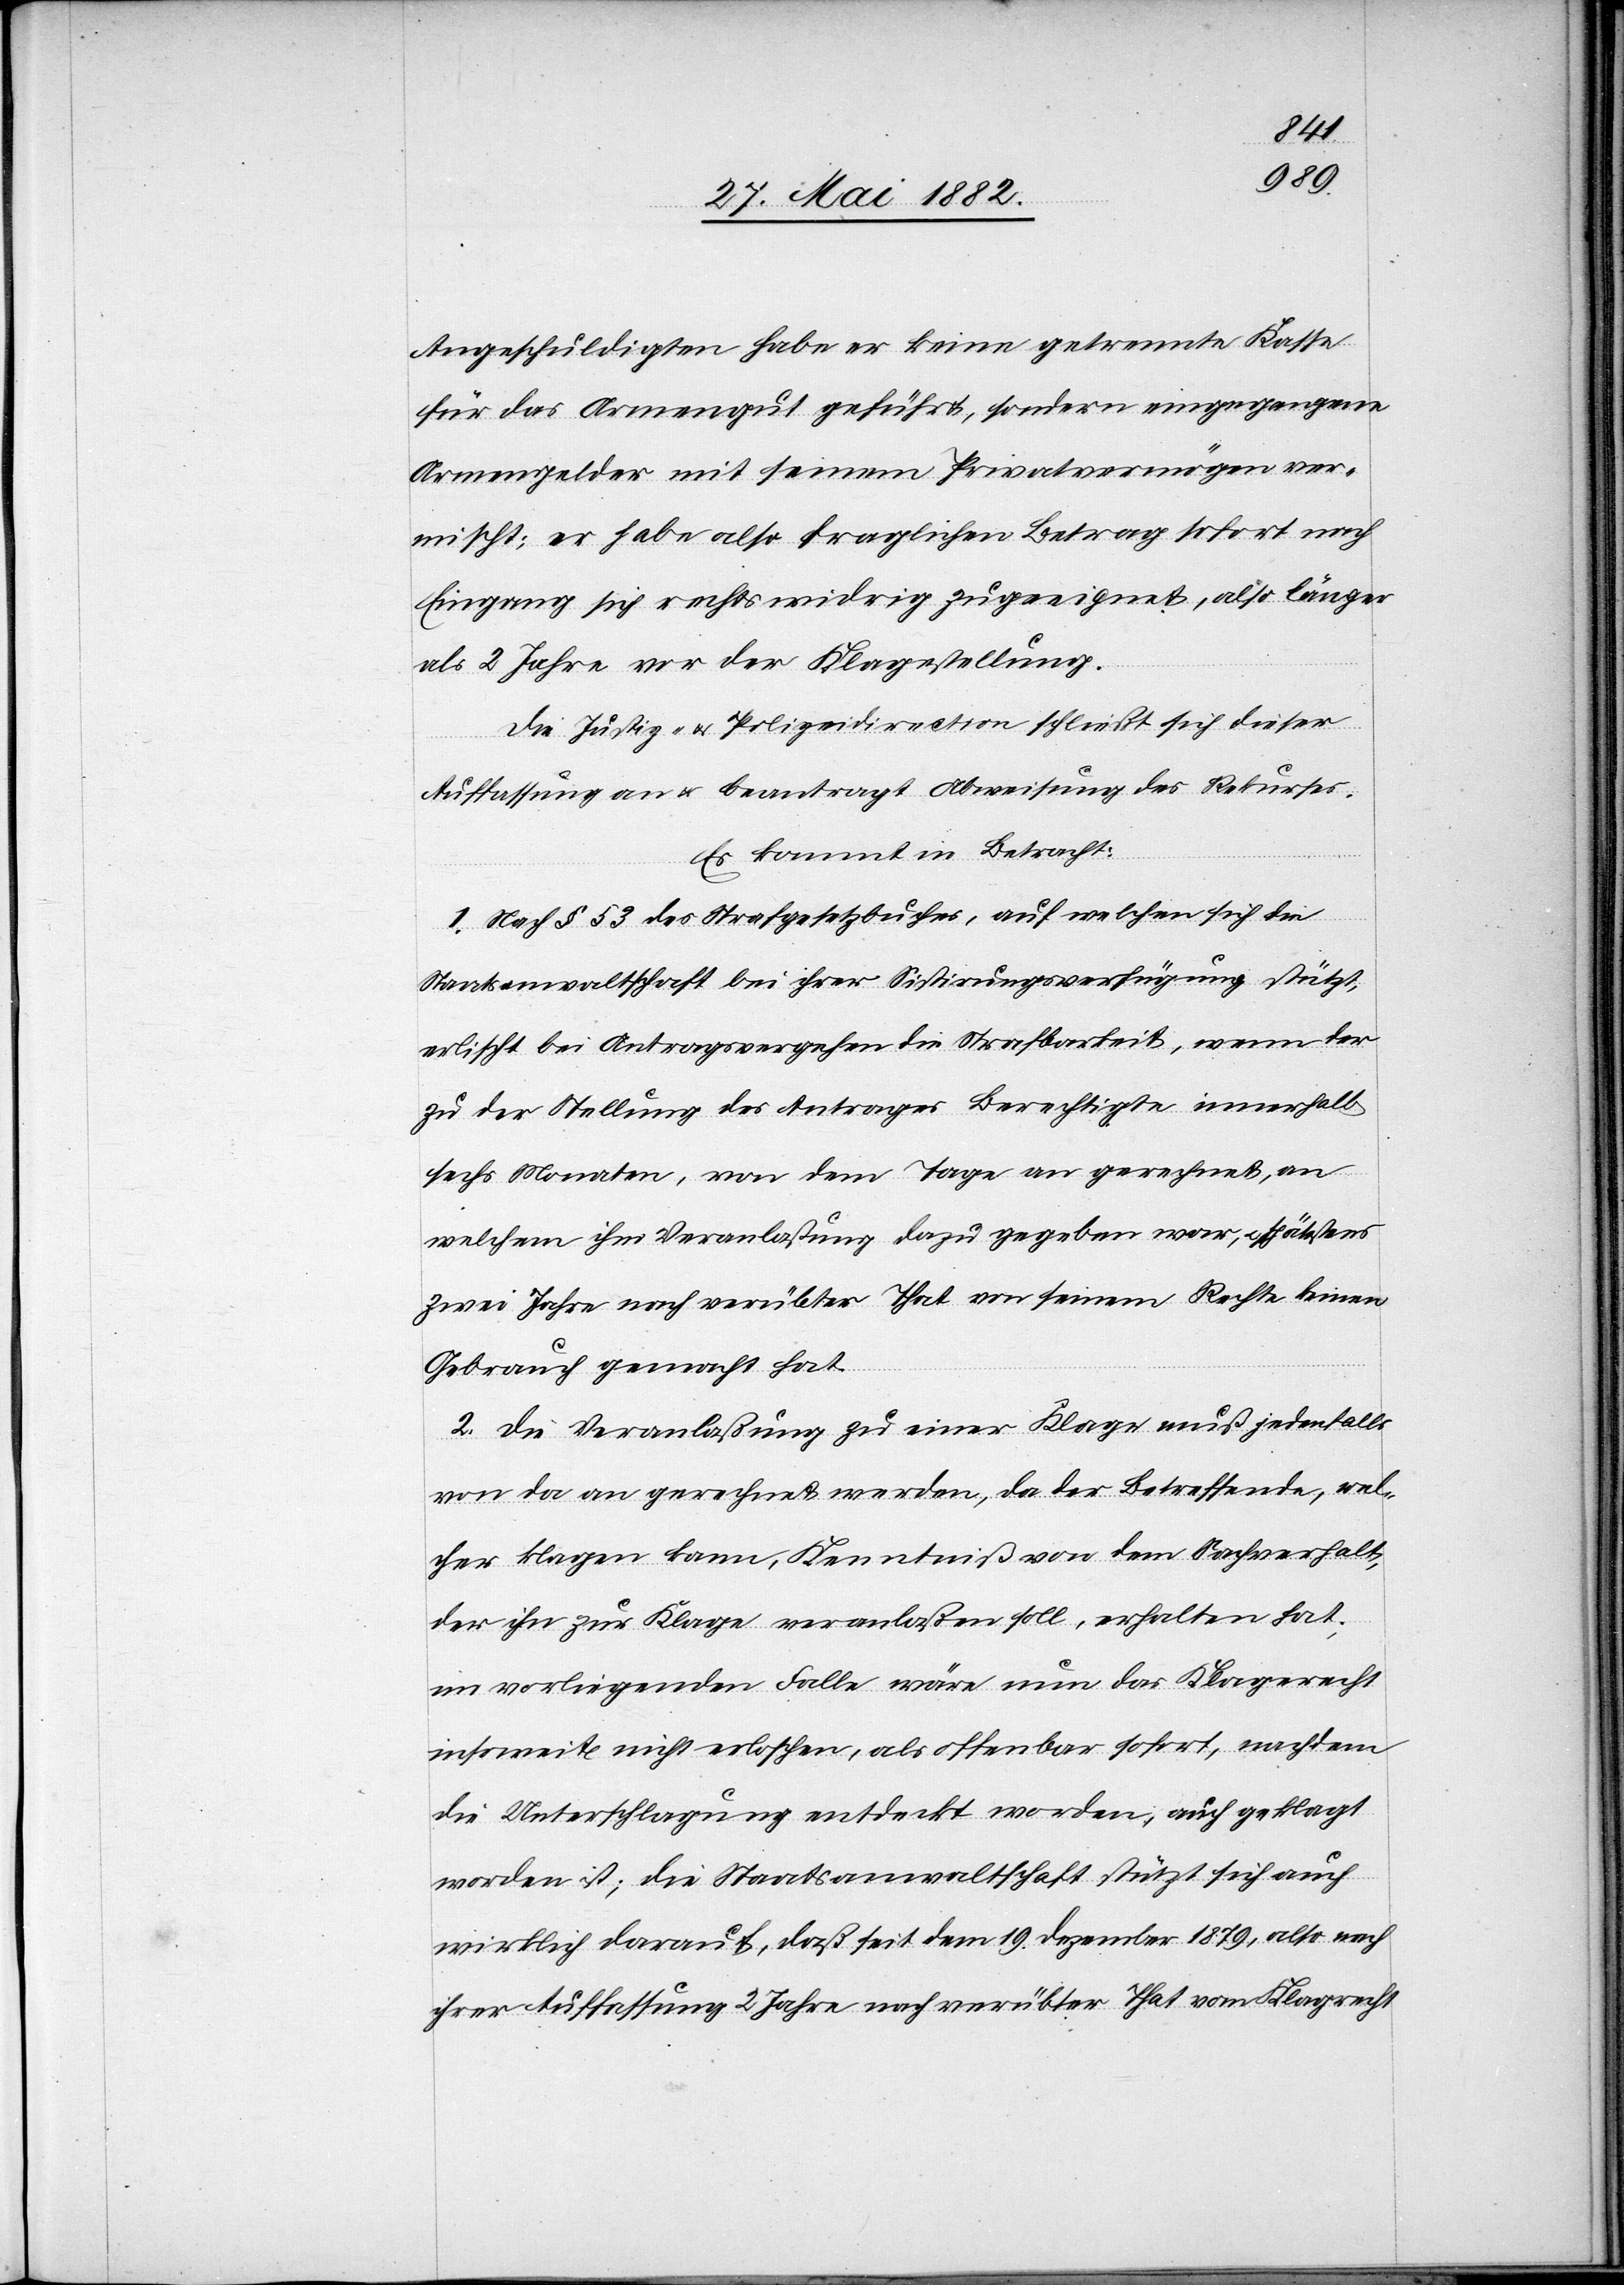
Angeschuldigten habe er keine getrennte Kasse
für das Armengut geführt, sondern eingegangene
Armengelder mit seinem Privatvermögen ver¬
mischt; er habe also fraglichen Betrag sofort nach
Eingang sich rechtswidrig zugeeignet, also länger
als 2 Jahre vor der Klagestellung.
Die Justiz- & Polizeidirection schließt sich dieser
Auffassung an u. beantragt Abweisung des Rekurses.
Es kommt in Betracht:
1. Nach § 53 des Strafgesetzbuches, auf welchen sich die
Staatsanwaltschaft bei ihrer Sistirungsverfügung stützt,
erlischt bei Antragsvergehen die Strafbarkeit, wenn der
zu der Stellung des Antrages Berechtigte innerhalb
sechs Monaten, von dem Tage an gerechnet, an
welchem ihm Veranlaßung dazu gegeben war, u. spätestens
zwei Jahre nach verübter That von seinem Rechte keinen
Gebrauch gemacht hat.
2. Die Veranlaßung zu einer Lage muß jedenfalls
von da an gerechnet werden, da der Betreffende, wel¬
cher klagen kann, Kenntniß von dem Sachverhalt,
der ihn zur Klage veranlaßen soll, erhalten hat;
im vorliegenden Falle wäre nun das Klagerecht
insoweit nicht erloschen, als offenbar sofort, nachdem
die Unterschlagung entdeckt worden, auch geklagt
worden ist; die Staatsanwaltschaft stützt sich auch
wirklich darauf, daß seit dem 19. Dezember 1879, also nach
ihrer Auffassung 2 Jahre nach verübter That vom Klagerecht